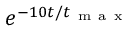
e ^ { - 1 0 t / t _ { \mathrm { ~ m ~ a ~ x ~ } } }